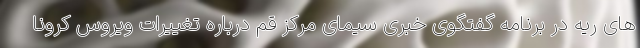
های ریه در برنامه گفتگوی خبری سیمای مرکز قم درباره تغییرات ویروس کرونا